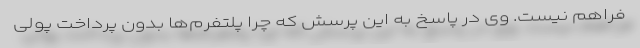
فراهم نیست. وی در پاسخ به این پرسش که چرا پلتفرم‌ها بدون پرداخت پولی